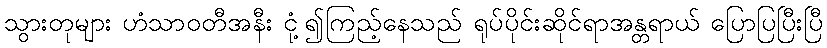
သွားတုများ ဟံသာဝတီအနီး ငုံ့၍ကြည့်နေသည် ရုပ်ပိုင်းဆိုင်ရာအန္တရာယ် ပြောပြပြီးပြီ